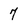
Character: 7